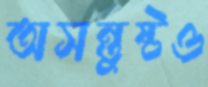
অসন্তুষ্টও